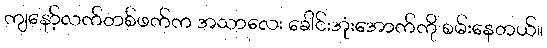
ကျနော့်လက်တစ်ဖက်က အသာလေး ခေါင်းအုံးအောက်ကို စမ်းနေတယ်။